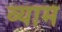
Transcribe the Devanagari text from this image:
व्याम